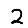
Digit: 2